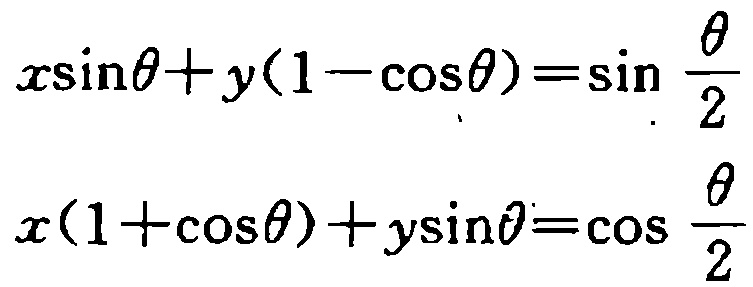
\[

\begin{align*}

x\sin\theta + y(1 - \cos\theta) &= \sin\frac{\theta}{2}\\

x(1 + \cos\theta)+y\sin\theta&=\cos\frac{\theta}{2}

\end{align*}

\]